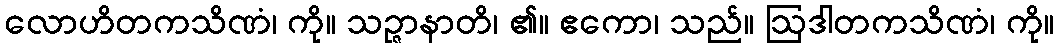
လောဟိတကသိဏံ၊ ကို။ သဉ္ဇာနာတိ၊ ၏။ ဧကော၊ သည်။ ဩဒါတကသိဏံ၊ ကို။